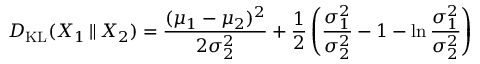
D _ { \mathrm { K L } } ( X _ { 1 } \, \| \, X _ { 2 } ) = { \frac { ( \mu _ { 1 } - \mu _ { 2 } ) ^ { 2 } } { 2 \sigma _ { 2 } ^ { 2 } } } + { \frac { 1 } { 2 } } \left( { \frac { \sigma _ { 1 } ^ { 2 } } { \sigma _ { 2 } ^ { 2 } } } - 1 - \ln { \frac { \sigma _ { 1 } ^ { 2 } } { \sigma _ { 2 } ^ { 2 } } } \right)